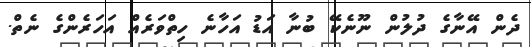
ދެން އޭނާގެ ދުލުން ނޫނެކޭ ބުނާ އަޑު އަހާނެ ހިތްވަރެއް އަހަރެންގެ ނެތް.